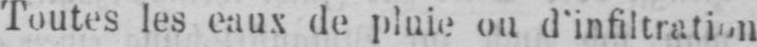
Toutes les eaux de pluie ou d’infiltration